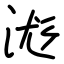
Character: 浝